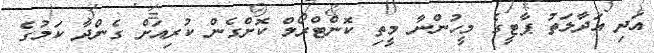
އަދި އަދާލަތު ޕާޓީގެ މީހުންނާ މީތި ކޮންޓްރޯލް ކޮށްގެން ކުރިއަށް ގެންދާ ކަމުގެ